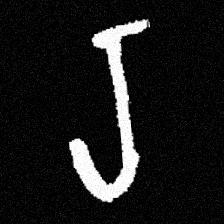
Pyu character \u2014 Myanmar letter: ရ (romanized: ra)